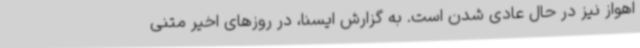
اهواز نیز در حال عادی شدن است. به گزارش ایسنا، در روزهای اخیر متنی